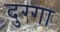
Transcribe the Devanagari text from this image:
दुग्गा